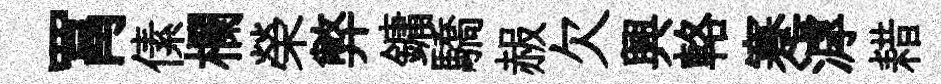
罥傃欄榮弊鏞驕赧欠興輅蹇滹耤